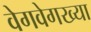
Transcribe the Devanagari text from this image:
वेगवेगख्या